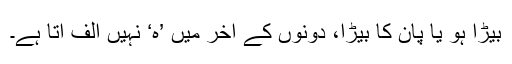
بیڑا ہو یا پان کا بِیڑا، دونوں کے آخر میں ’ہ‘ نہیں الف آتا ہے۔